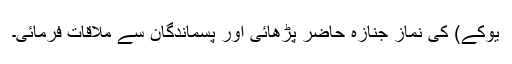
یوکے) کی نمازِ جنازہ حاضر پڑھائی اور پسماندگان سے ملاقات فرمائی۔